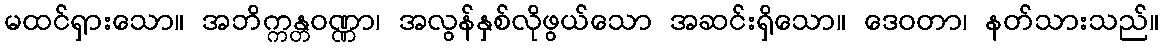
မထင်ရှားသော။ အဘိက္ကန္တဝဏ္ဏာ၊ အလွန်နှစ်လိုဖွယ်သော အဆင်းရှိသော။ ဒေဝတာ၊ နတ်သားသည်။